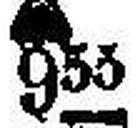
### 955